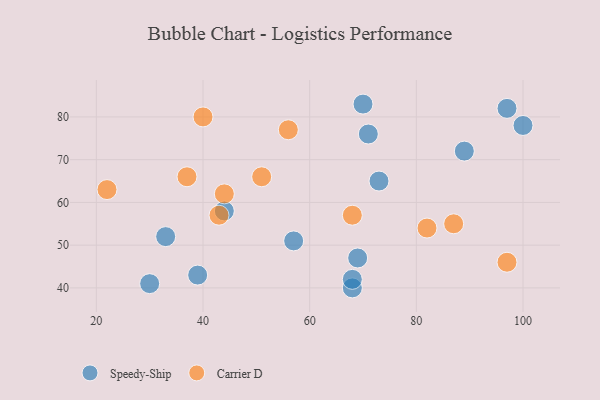
{"axis": {"x": "GDP", "y": "Life Expectancy"}, "legend": ["Carrier D", "Speedy-Ship"], "data": [{"x": "39", "y": 43, "type": "Speedy-Ship"}, {"x": "69", "y": 47, "type": "Speedy-Ship"}, {"x": "44", "y": 58, "type": "Speedy-Ship"}, {"x": "71", "y": 76, "type": "Speedy-Ship"}, {"x": "100", "y": 78, "type": "Speedy-Ship"}, {"x": "70", "y": 83, "type": "Speedy-Ship"}, {"x": "57", "y": 51, "type": "Speedy-Ship"}, {"x": "68", "y": 40, "type": "Speedy-Ship"}, {"x": "73", "y": 65, "type": "Speedy-Ship"}, {"x": "89", "y": 72, "type": "Speedy-Ship"}, {"x": "33", "y": 52, "type": "Speedy-Ship"}, {"x": "30", "y": 41, "type": "Speedy-Ship"}, {"x": "97", "y": 82, "type": "Speedy-Ship"}, {"x": "68", "y": 42, "type": "Speedy-Ship"}, {"x": "44", "y": 62, "type": "Carrier D"}, {"x": "43", "y": 57, "type": "Carrier D"}, {"x": "82", "y": 54, "type": "Carrier D"}, {"x": "68", "y": 57, "type": "Carrier D"}, {"x": "97", "y": 46, "type": "Carrier D"}, {"x": "22", "y": 63, "type": "Carrier D"}, {"x": "37", "y": 66, "type": "Carrier D"}, {"x": "56", "y": 77, "type": "Carrier D"}, {"x": "40", "y": 80, "type": "Carrier D"}, {"x": "87", "y": 55, "type": "Carrier D"}, {"x": "51", "y": 66, "type": "Carrier D"}]}